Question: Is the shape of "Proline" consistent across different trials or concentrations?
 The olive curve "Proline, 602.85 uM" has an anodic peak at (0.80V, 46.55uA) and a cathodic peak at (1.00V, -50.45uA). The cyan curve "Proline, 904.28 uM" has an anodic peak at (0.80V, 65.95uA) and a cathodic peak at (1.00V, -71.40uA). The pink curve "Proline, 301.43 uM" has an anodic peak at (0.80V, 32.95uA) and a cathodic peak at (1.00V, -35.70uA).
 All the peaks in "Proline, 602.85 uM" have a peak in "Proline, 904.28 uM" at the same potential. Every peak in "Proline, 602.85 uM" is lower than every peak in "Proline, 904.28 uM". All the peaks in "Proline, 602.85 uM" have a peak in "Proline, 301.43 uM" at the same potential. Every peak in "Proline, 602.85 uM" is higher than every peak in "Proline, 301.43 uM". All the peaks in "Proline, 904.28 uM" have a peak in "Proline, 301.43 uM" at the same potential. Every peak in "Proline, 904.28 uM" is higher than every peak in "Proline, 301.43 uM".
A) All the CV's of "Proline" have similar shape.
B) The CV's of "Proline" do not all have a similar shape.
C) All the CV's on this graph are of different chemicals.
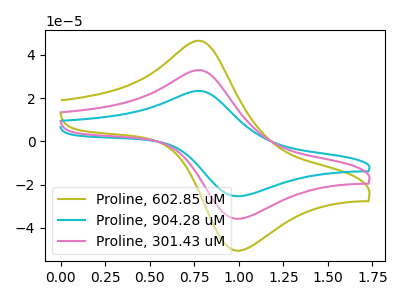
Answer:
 <answer>A) All the CV's of "Proline" have similar shape.</answer>
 <eval>A</eval>